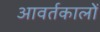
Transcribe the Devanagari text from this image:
आवर्तकालों